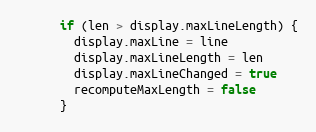
Language: JavaScript
      if (len > display.maxLineLength) {
        display.maxLine = line
        display.maxLineLength = len
        display.maxLineChanged = true
        recomputeMaxLength = false
      }